Rangoon Lunatic Asylum 1893-1897 - 1893-1897
Year: 1893
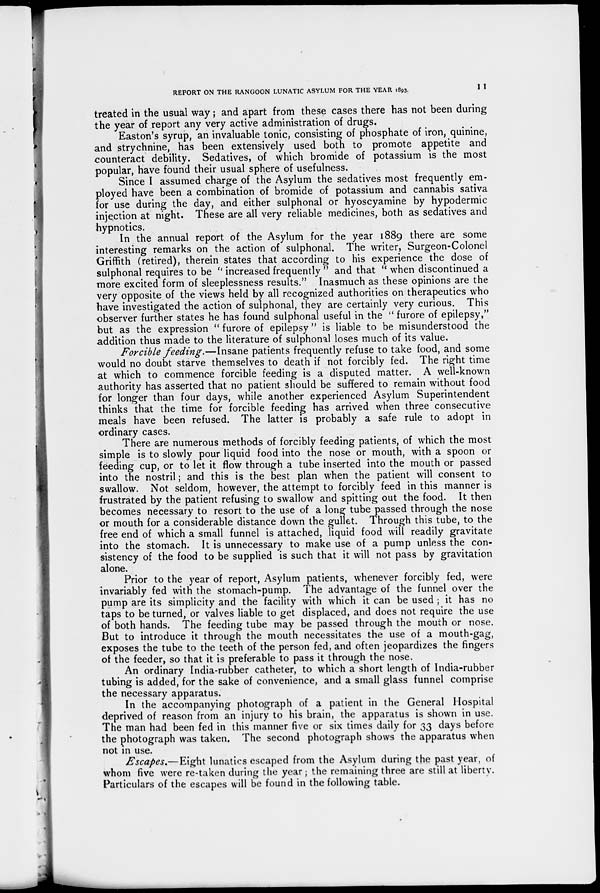
REPORT ON THE RANGOON LUNATIC ASYLUM FOR THE YEAR 1893.
11
treated in the usual way; and apart from these cases there has not been during
the year of report any very active administration of drugs.
Easton's syrup, an invaluable tonic, consisting of phosphate of iron, quinine,
and strychnine, has been extensively used both to promote appetite and
counteract debility. Sedatives, of which bromide of potassium is the most
popular, have found their usual sphere of usefulness.
Since I assumed charge of the Asylum the sedatives most frequently em-
ployed have been a combination of bromide of potassium and cannabis sativa
for use during the day, and either sulphonal or hyoscyamine by hypodermic
injection at night. These are all very reliable medicines, both as sedatives and
hypnotics.
In the annual report of the Asylum for the year 1889 there are some
interesting remarks on the action of sulphonal. The writer, Surgeon-Colonel
Griffith (retired), therein states that according to his experience the dose of
sulphonal requires to be " increased frequently " and that " when discontinued a
more excited form of sleeplessness results." Inasmuch as these opinions are the
very opposite of the views held by all recognized authorities on therapeutics who
have investigated the action of sulphonal, they are certainly very curious. This
observer further states he has found sulphonal useful in the " furore of epilepsy,"
but as the expression " furore of epilepsy" is liable to be misunderstood the
addition thus made to the literature of sulphonal loses much of its value.
Forcible feeding.—Insane patients frequently refuse to take food, and some
would no doubt starve themselves to death if not forcibly fed. The right time
at which to commence forcible feeding is a disputed matter. A well-known
authority has asserted that no patient should be suffered to remain without food
for longer than four days, while another experienced Asylum Superintendent
thinks that the time for forcible feeding has arrived when three consecutive
meals have been refused. The latter is probably a safe rule to adopt in
ordinary cases.
There are numerous methods of forcibly feeding patients, of which the most
simple is to slowly pour liquid food into the nose or mouth, with a spoon or
feeding cup, or to let it flow through a tube inserted into the mouth or passed
into the nostril; and this is the best plan when the patient will consent to
swallow. Not seldom, however, the attempt to forcibly feed in this manner is
frustrated by the patient refusing to swallow and spitting out the food. It then
becomes necessary to resort to the use of a long tube passed through the nose
or mouth for a considerable distance down the gullet. Through this tube, to the
free end of which a small funnel is attached, liquid food will readily gravitate
into the stomach. It is unnecessary to make use of a pump unless the con-
sistency of the food to be supplied is such that it will not pass by gravitation
alone.
Prior to the year of report, Asylum patients, whenever forcibly fed, were
invariably fed with the stomach-pump. The advantage of the funnel over the
pump are its simplicity and the facility with which it can be used ; it has no
taps to be turned, or valves liable to get displaced, and does not require the use
of both hands. The feeding tube may be passed through the mouth or nose.
But to introduce it through the mouth necessitates the use of a mouth-gag,
exposes the tube to the teeth of the person fed, and often jeopardizes the fingers
of the feeder, so that it is preferable to pass it through the nose.
An ordinary India-rubber catheter, to which a short length of India-rubber
tubing is added, for the sake of convenience, and a small glass funnel comprise
the necessary apparatus.
In the accompanying photograph of a patient in the General Hospital
deprived of reason from an injury to his brain, the apparatus is shown in use.
The man had been fed in this manner five or six times daily for 33 days before
the photograph was taken. The second photograph shows the apparatus when
not in use.
Escapes.—Eight lunatics escaped from the Asylum during the past year, of
whom five were re-taken during the year ; the remaining three are still at liberty.
Particulars of the escapes will be found in the following table.